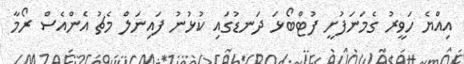
އިއްޔެ ހަވީރު ގެމަނަފުށީ ފުޓްބޯޅަ ދަނޑުގައި ކުޅުނު ފައިނަލް މެޗު އެންއެސް ރޯމާ